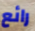
رائع